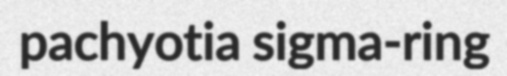
pachyotia sigma-ring